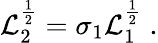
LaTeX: \mathcal{L}_{2}^{\frac{{1}}{{2}}}=\sigma_{1}\mathcal{L}_{1}^{\frac{{1}}{{2}}}\; .